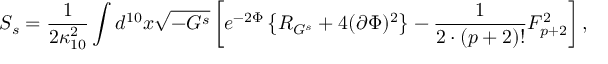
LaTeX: S _ { s } = { \frac { 1 } { 2 \kappa _ { 1 0 } ^ { 2 } } } \int d ^ { 1 0 } x \sqrt { - G ^ { s } } \left[ e ^ { - 2 \Phi } \left\{ { \cal R } _ { G ^ { s } } + 4 ( \partial \Phi ) ^ { 2 } \right\} - { \frac { 1 } { 2 \cdot ( p + 2 ) ! } } F _ { p + 2 } ^ { 2 } \right] ,